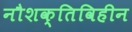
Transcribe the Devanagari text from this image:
नौशक्तिविहीन